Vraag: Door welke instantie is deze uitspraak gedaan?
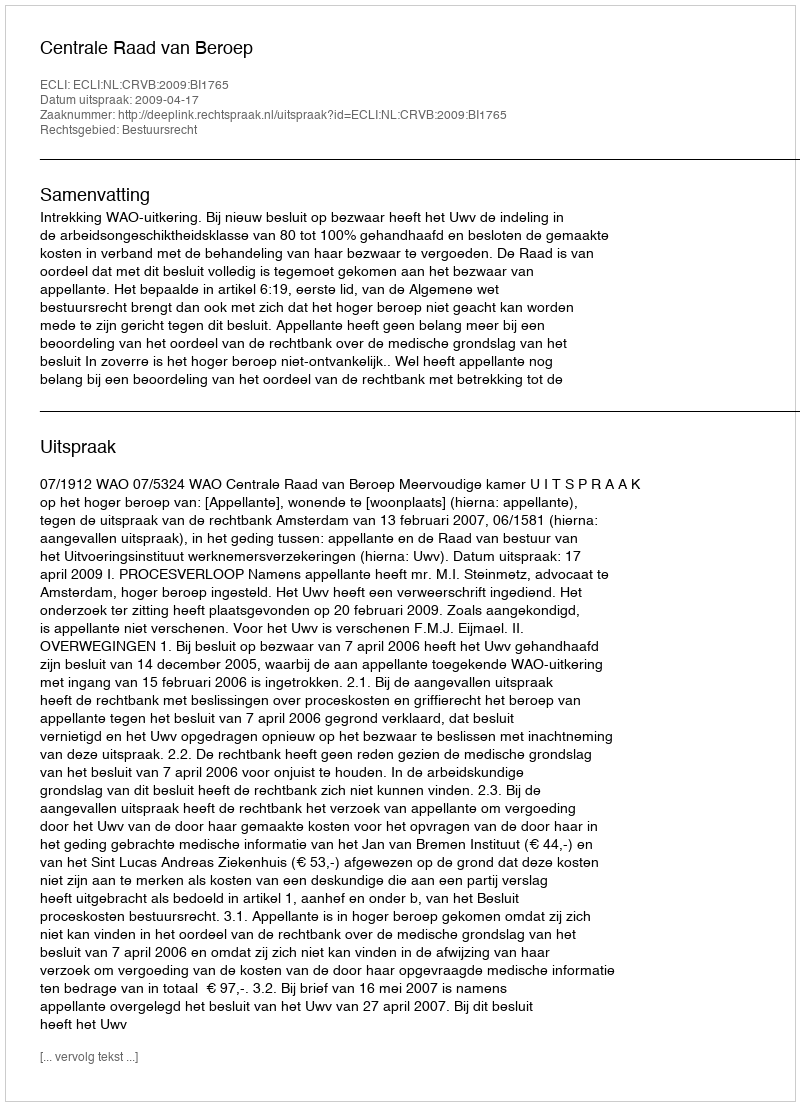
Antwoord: Centrale Raad van Beroep